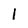
Character: 1